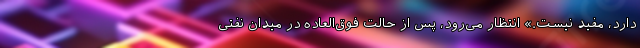
دارد، مفید نیست.» انتظار می‌رود، پس از حالت فوق‌العاده در میدان نفتی